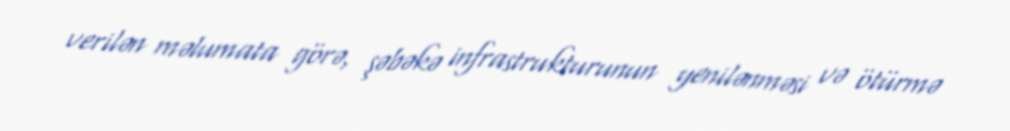
verilən məlumata görə, şəbəkə infrastrukturunun yenilənməsi və ötürmə